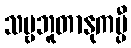
သဗ္ဗဘူတာနုကမ္ပီ